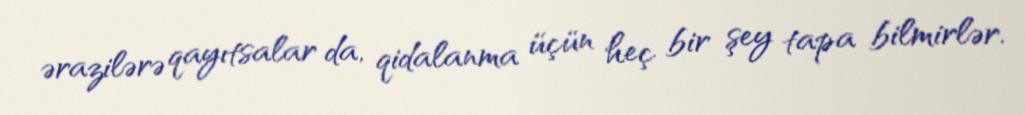
ərazilərə qayıtsalar da, qidalanma üçün heç bir şey tapa bilmirlər.